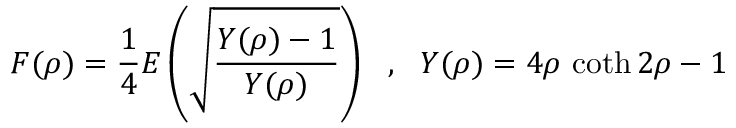
F ( \rho ) = \frac { 1 } { 4 } E \left( \sqrt { \frac { Y ( \rho ) - 1 } { Y ( \rho ) } } \right) ~ ~ , ~ ~ Y ( \rho ) = 4 \rho \, \coth 2 \rho - 1